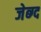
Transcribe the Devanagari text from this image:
जेब्ग्द